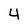
Character: 4